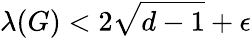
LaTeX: \lambda(G)<2{\sqrt{d-1}}+\epsilon